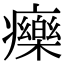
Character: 𤻲